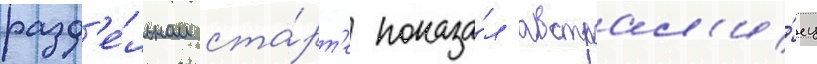
разд'е́льном ста́рт'е показа́л австрал'и́ец